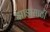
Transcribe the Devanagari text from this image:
झाडासाठी